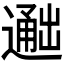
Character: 𬩐